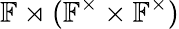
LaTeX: \mathbb{F}\rtimes(\mathbb{F}^{\times}\times\mathbb{F}^{\times})